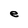
Character: e